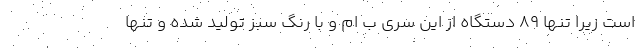
است زیرا تنها 89 دستگاه از این سری ب ام و با رنگ سبز تولید شده و تنها